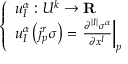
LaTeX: \left\{ \begin{array} { l l } { u _ { I } ^ { \alpha } : U ^ { k } \to \mathbf { R } } \\ { u _ { I } ^ { \alpha } \left( j _ { p } ^ { r } \sigma \right) = \left. { \frac { \partial ^ { | I | } \sigma ^ { \alpha } } { \partial x ^ { I } } } \right| _ { p } } \end{array} \right.